Lunatic asylums Bombay report 1878-1890 - 1878-1890
Year: 1878
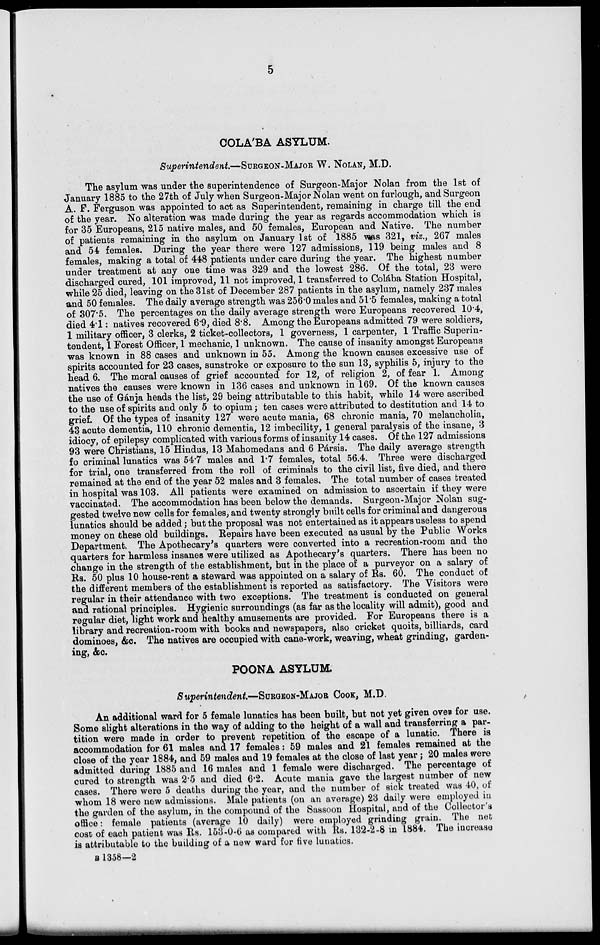
5
COLÁBA ASYLUM.
Superintendent—SURGEON-MAJOR W. NOLAN, M.D.
The asylum was under the superintendence of Surgeon-Major Nolan from the 1st of
January 1885 to the 27th of July when Surgeon-Major Nolan went on furlough, and Surgeon
A. F. Ferguson was appointed to act as Superintendent, remaining in charge till the end
of the year. No alteration was made during the year as regards accommodation which is
for 35 Europeans, 215 native males, and 50 females, European and Native. The number
of patients remaining in the asylum on January 1st of 1885 was 321, viz., 267 males
and 54 females. During the year there were 127 admissions, 119 being males and 8
females, making a total of 448 patients under care during the year. The highest number
under treatment at any one time was 329 and the lowest 286. Of the total, 23 were
discharged cured, 101 improved, 11 not improved, 1 transferred to Colába Station Hospital,
while 25 died, leaving on the 31st of December 287 patients in the asylum, namely 237 males
and 50 females. The daily average strength was 256.0 males and 51.5 females, making a total
of 307.5. The percentages on the daily average strength were Europeans recovered 10.4,
died 4.1: natives recovered 6.9, died 8.8. Among the Europeans admitted 79 were soldiers,
1 military officer, 3 clerks, 2 ticket-collectors, 1 governess, 1 carpenter, 1 Traffic Superin-
tendent, 1 Forest Officer, 1 mechanic, 1 unknown. The cause of insanity amongst Europeans
was known in 88 cases and unknown in 55. Among the known causes excessive use of
spirits accounted for 23 cases, sunstroke or exposure to the sun 13, syphilis 5, injury to the
head 6. The moral causes of grief accounted for 12, of religion 2, of fear 1. Among
natives the causes were known in 136 cases and unknown in 169. Of the known causes
the use of Gánja heads the list, 29 being attributable to this habit, while 14 were ascribed
to the use of spirits and only 5 to opium; ten cases were attributed to destitution and 14 to
grief. Of the types of insanity 127 were acute mania, 68 chronic mania, 70 melancholia,
43 acute dementia, 110 chronic dementia, 12 imbecility, 1 general paralysis of the insane, 3
idiocy, of epilepsy complicated with various forms of insanity 14 cases. Of the 127 admissions
93 were Christians, 15 Hindus, 13 Mahomedans and 6 Pársis. The daily average strength
fo criminal lunatics was 54.7 males and 1.7 females, total 56.4. Three were discharged
for trial, one transferred from the roll of criminals to the civil list, five died, and there
remained at the end of the year 52 males and 3 females. The total number of cases treated
in hospital was 103. All patients were examined on admission to ascertain if they were
vaccinated. The accommodation has been below the demands. Surgeon-Major Nolan sug-
gested twelve new cells for females, and twenty strongly built cells for criminal and dangerous
lunatics should be added; but the proposal was not entertained as it appears useless to spend
money on these old buildings. Repairs have been executed as usual by the Public Works
Department. The Apothecary's quarters were converted into a recreation-room and the
quarters for harmless insanes were utilized as Apothecary's quarters. There has been no
change in the strength of the establishment, but in the place of a purveyor on a salary of
Rs. 50 plus 10 house-rent a steward was appointed on a salary of Rs. 60. The conduct of
the different members of the establishment is reported as satisfactory. The Visitors were
regular in their attendance with two exceptions. The treatment is conducted on general
and rational principles. Hygienic surroundings (as far as the locality will admit), good and
regular diet, light work and healthy amusements are provided. For Europeans there is a
library and recreation-room with books and newspapers, also cricket quoits, billiards, card
dominoes, &c. The natives are occupied with cane-work, weaving, wheat grinding, garden-
ing, &c.
POONA ASYLUM.
Superintendent—SURGEON-MAJOR COOK, M.D.
An additional ward for 5 female lunatics has been built, but not yet given over for use.
Some slight alterations in the way of adding to the height of a wall and transferring a par-
tition were made in order to prevent repetition of the escape of a lunatic. There is
accommodation for 61 males and 17 females: 59 males and 21 females remained at the
close of the year 1884, and 59 males and 19 females at the close of last year; 20 males were
admitted during 1885 and 16 males and 1 female were discharged. The percentage of
cured to strength was 2.5 and died 6.2. Acute mania gave the largest number of new
cases. There were 5 deaths during the year, and the number of sick treated was 40, of
whom 18 were new admissions. Male patients (on an average) 23 daily were employed in
the garden of the asylum, in the compound of the Sassoon Hospital, and of the Collector's
office: female patients (average 10 daily) were employed grinding grain. The net
cost of each patient was Rs. 153-0-6 as compared with Rs. 132-2-8 in 1884. The increase
is attributable to the building of a new ward for five lunatics.
B 1358—2